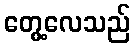
တွေ့လေသည်